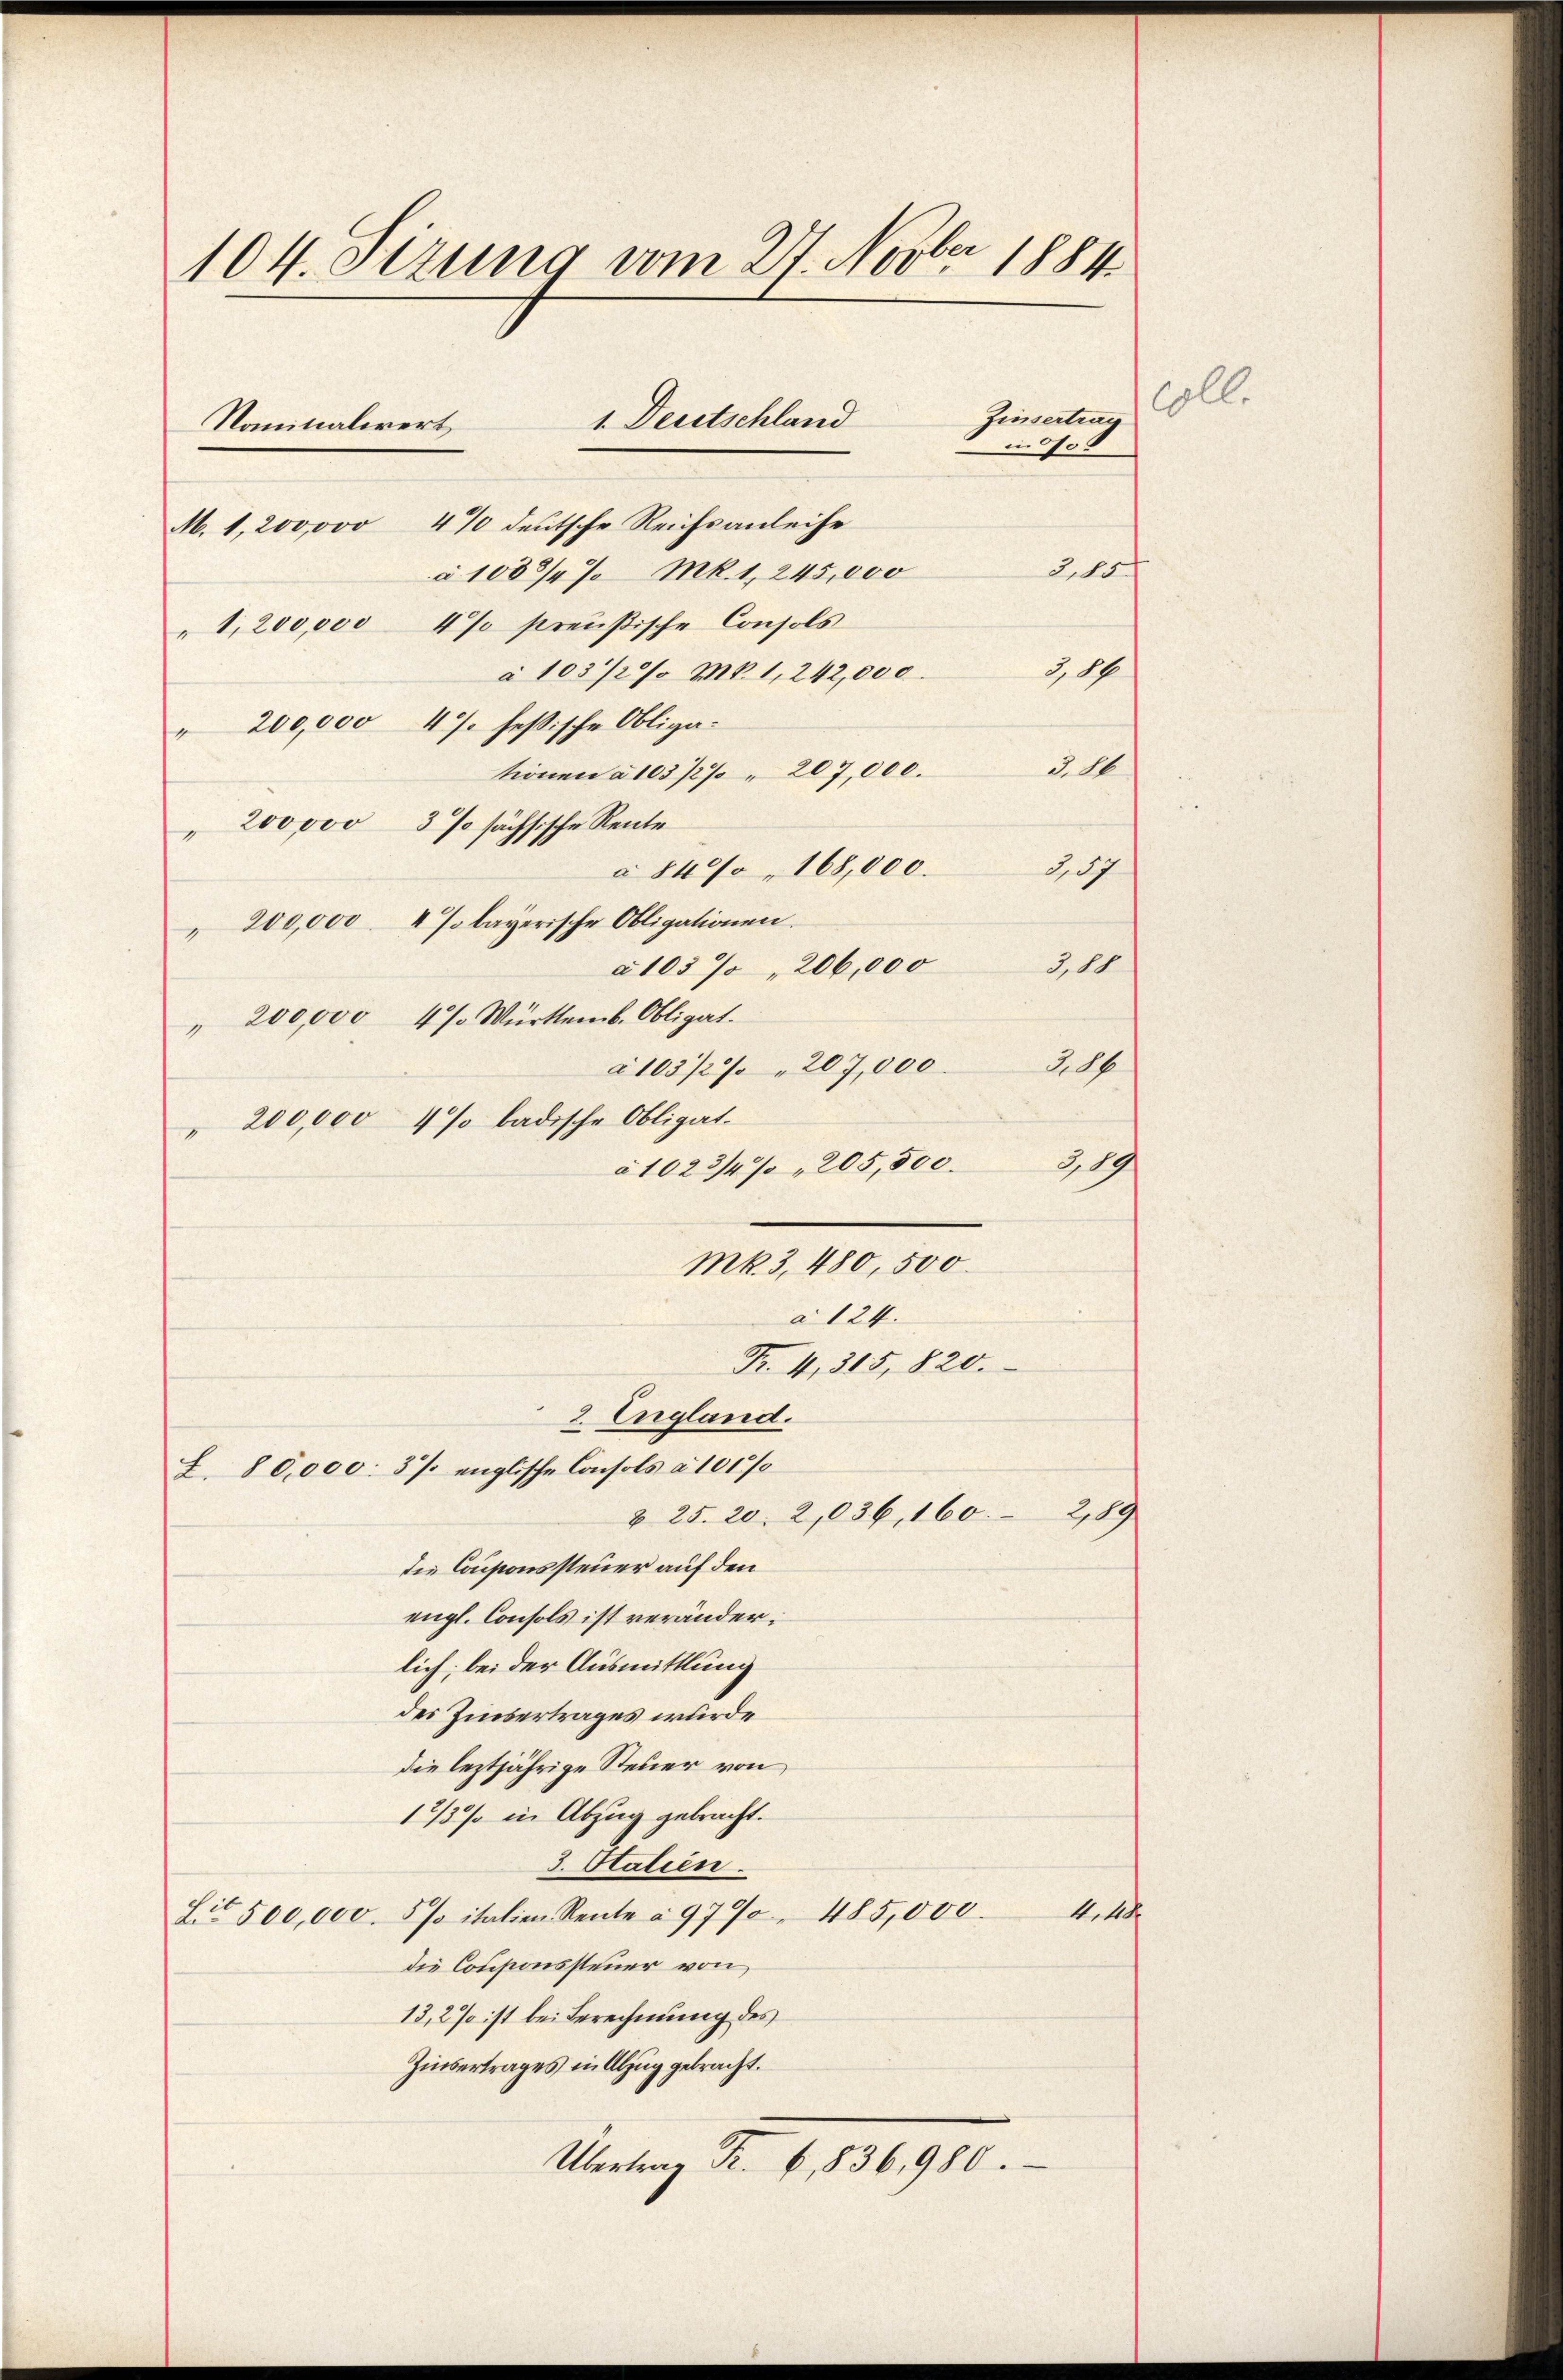
104. Sizung vom 27. Novber 1884
Zinsertrau
1. Deutschland
Nanitaliert,
0/00

M. 1,200,000 4% deutsche Reichsanleihe
2,85
à 1083/4% Mk. 1, 245,000
"1,200,000 4% preußische Consols
34
à 103/2/ Mk. 1, 242,000.
" 200,000 47. fessische Obliga-
316
tionen à 103 1/2% " 207,000.
 200000 3 % sächsische Rente
à 8400, 168,000. 3,57
" 200,000. 4 % bayerische Obligationen.
à 105 % " 206,000
" 200,000 4%. Württemb. Obligat
à 10372/207,000. 386
" 200,000 4% badische Obligat
à 1023/4% " 205,500 3,89
mk3,480, 500.
à 124.
Fr. 4, 315, 820.
2. England.
Z 80,000. 3% englische Consols à 101 %
§ 25. 20. 2,036, 160.
die Cousionssteuer auf den
engl. Consols ist veränderlich; bei der Ausmittlung
des Zinsertrages wurde
die leztjährige Steuer von
1737 in Abzug gebracht.
3. Stalien.
41
Sit 500,000. 5% italien Rente à 9790. 485,000.
die Consionssteuer von
13,2% ist bei Berechnung des
Zinsertrages in Abzug gebracht.
Übertrag Fr. 6. 1836,980.

3,00
209

Goll.